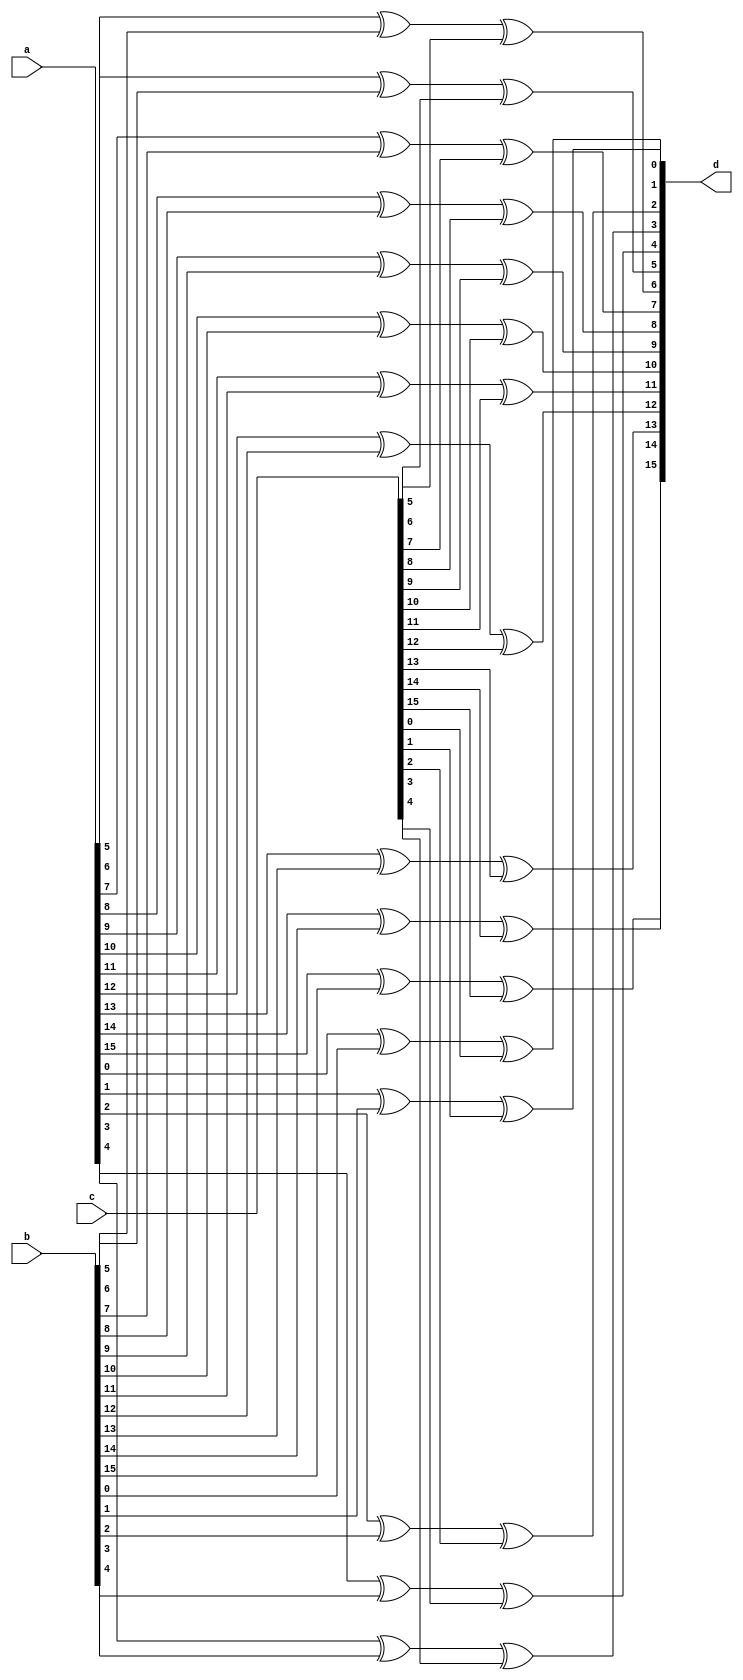
module xor3_16(a,b,c,d);
input[15:0] a,b,c;
output[15:0] d;

assign d[0] = a[0]^b[0]^c[0];
assign d[1] = a[1]^b[1]^c[1];
assign d[2] = a[2]^b[2]^c[2];
assign d[3] = a[3]^b[3]^c[3];
assign d[4] = a[4]^b[4]^c[4];
assign d[5] = a[5]^b[5]^c[5];
assign d[6] = a[6]^b[6]^c[6];
assign d[7] = a[7]^b[7]^c[7];
assign d[8] = a[8]^b[8]^c[8];
assign d[9] = a[9]^b[9]^c[9];
assign d[10] = a[10]^b[10]^c[10];
assign d[11] = a[11]^b[11]^c[11];
assign d[12] = a[12]^b[12]^c[12];
assign d[13] = a[13]^b[13]^c[13];
assign d[14] = a[14]^b[14]^c[14];
assign d[15] = a[15]^b[15]^c[15];

endmodule